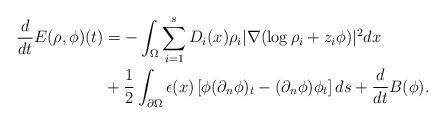
LaTeX: \begin{align*}\frac{d}{dt}E(\rho, \phi)(t) & =-\int _{\Omega} \sum_{i=1}^s D_i(x)\rho_i|\nabla (\log \rho_i+z_i\phi) |^2 dx \\ & +\frac{1}{2}\int_{\partial\Omega} \epsilon(x) \left[ \phi (\partial_n \phi)_t - (\partial_n \phi )\phi_t \right] ds +\frac{d}{dt}B(\phi). \end{align*}